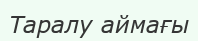
Таралу аймағы